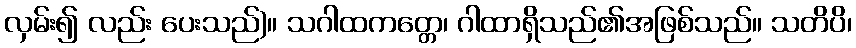
လှမ်း၍ လည်း ပေးသည်)။ သဂါထကတ္တေ၊ ဂါထာရှိသည်၏အဖြစ်သည်။ သတိပိ၊